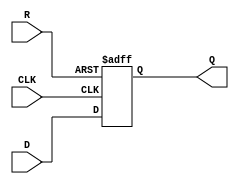
module neg_edge_D_ff (
    input wire D,
    input wire CLK,
    input wire R,
    output reg Q
);

always @ (negedge CLK or posedge R)
begin 
    if (R) // asynchronous reset
        Q <= 0;
    else
        Q <= D;
end

endmodule